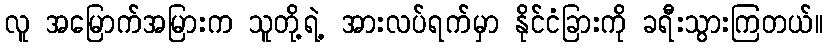
လူ အမြောက်အမြားက သူတို့ရဲ့ အားလပ်ရက်မှာ နိုင်ငံခြားကို ခရီးသွားကြတယ်။